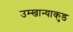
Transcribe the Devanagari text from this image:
उम्खान्याकुड